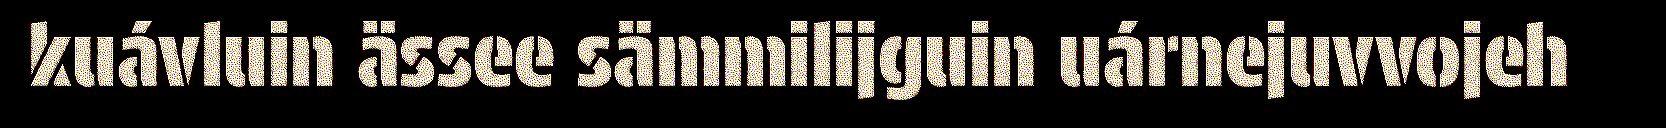
kuávluin ässee sämmilijguin uárnejuvvojeh